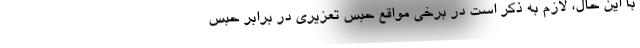
با این حال، لازم به ذکر است در برخی مواقع حبس تعزیری در برابر حبس